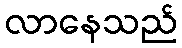
လာနေသည်